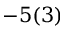
- 5 ( 3 )